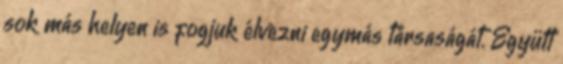
sok más helyen is fogjuk élvezni egymás társaságát. Együtt